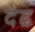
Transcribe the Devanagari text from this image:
देढ